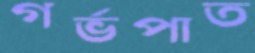
গর্ভপাত